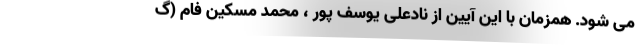
می شود. همزمان با این آیین از نادعلی یوسف پور ، محمد مسکین فام (گ